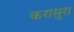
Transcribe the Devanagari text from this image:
करासुरा